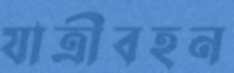
যাত্রীবহন